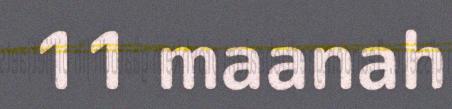
11 maanah